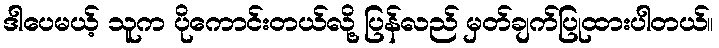
ဒါပေမယ့် သူက ပိုကောင်းတယ်လို့ ပြန်လည် မှတ်ချက်ပြုထားပါတယ်။